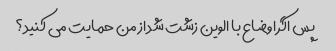
پس اگر اوضاع با الوین زشت شد از من حمایت می کنید؟